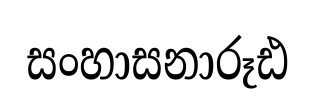
සංහාසනාරූඪ